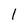
Character: 1